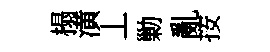
榻潢丄勦亂按